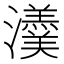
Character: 𤄂